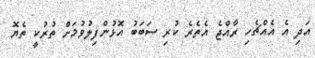
އަދި އެ އެއްޗެހި ރާއްޖެ އެތެރެ ކުރި ސަބަބު އޮޅުންފިލުވުމަށް ތުރުކީ ތެޔޮ